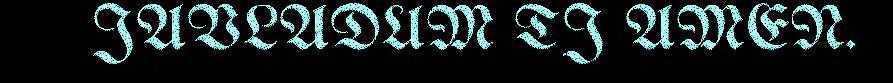
JAVLADUM TJ AMEN.